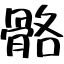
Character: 骼